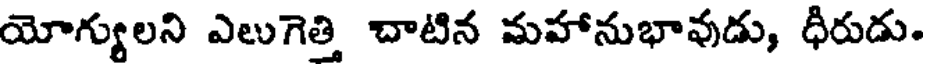
యోగ్యులని ఎలుగెత్తి చాటిన మహానుభావుడు, ధీరుడు.